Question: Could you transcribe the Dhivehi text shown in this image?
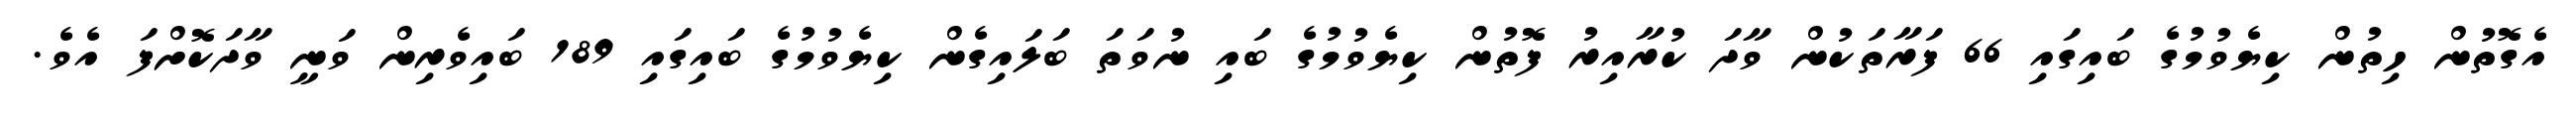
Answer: އެގޮތުން ހިތުން ކިޔެވުމުގެ ބައިގައި 66 ފަރާތަކުން ވާދަ ކުރާއިރު ފޮތުން ކިޔެވުމުގެ ބައި ނުވަތަ ބަލައިގެން ކިޔެވުމުގެ ބައިގައި 189 ބައިވެރިން ވަނީ ވާދަކޮށްފަ އެވެ.